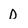
Character: D